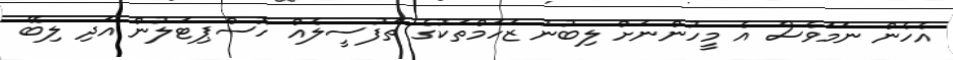
އެހެން ނަމަވެސް އެ މީހުންނަށް ލިބުނު ޒަހަމްތަކުގެ ތަފުސީލެއް ހޮސްޕިޓަލުން އަދި ލިބޭ